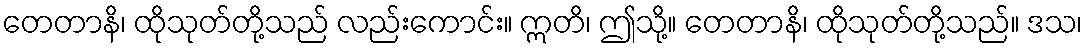
တေတာနိ၊ ထိုသုတ်တို့သည် လည်းကောင်း။ ဣတိ၊ ဤသို့။ တေတာနိ၊ ထိုသုတ်တို့သည်။ ဒသ၊